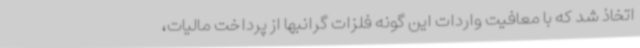
اتخاذ شد که با معافیت واردات این گونه فلزات گرانبها از پرداخت مالیات،